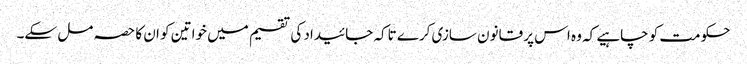
حکومت کو چاہیے کہ وہ اس پر قانون سازی کرے تاکہ جائیداد کی تقسیم میں خواتین کو ان کا حصہ مل سکے۔